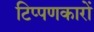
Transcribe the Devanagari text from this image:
टिप्पणकारों